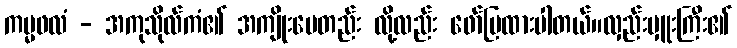
ကမ္မဖလံ - အကုသိုလ်ကံ၏ အကျိုးပေတည်း လို့လည်း ဖော်ပြထားပါတယ်။လှည်းမှူးကြီး၏